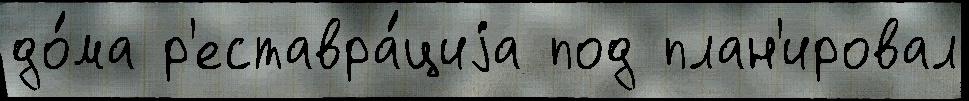
до́ма р'еставра́циjа под план'ировал